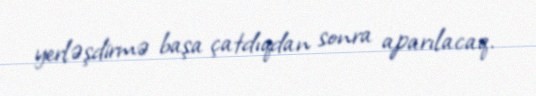
yerləşdirmə başa çatdıqdan sonra aparılacaq.